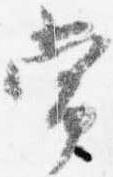
常